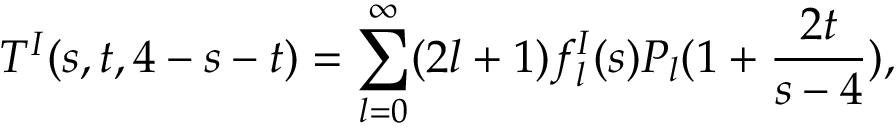
T ^ { I } ( s , t , 4 - s - t ) = \sum _ { l = 0 } ^ { \infty } ( 2 l + 1 ) f _ { l } ^ { I } ( s ) P _ { l } ( 1 + { \frac { 2 t } { s - 4 } } ) ,